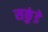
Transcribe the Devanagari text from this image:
सकुंडे